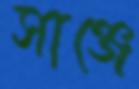
সাঞ্জে